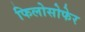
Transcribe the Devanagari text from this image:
फिलोसोफेर